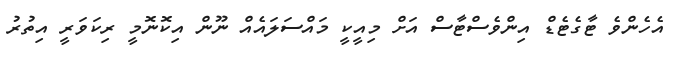
އެހެންވެ ޓާގެޓެޑް އިންވެސްޓާސް އަށް މިއީކީ މައްސަލައެއް ނޫން އިކޮނޮމީ ރިކަވަރީ އިތުރު